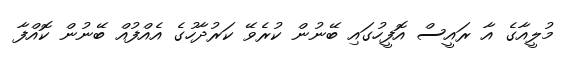
މުލީއާގެ އާ ރައީސް އޮފީހުގައި ބޭނުން ކުރެވޭ ކަރުދާހުގެ އެއްފުއް ބޭނުން ކޮއްފާ